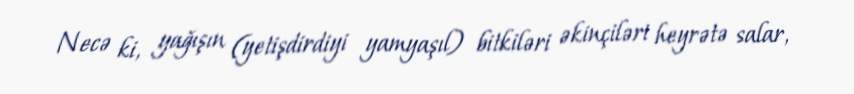
Necə ki, yağışın (yetişdirdiyi yamyaşıl) bitkiləri əkinçiləri heyrətə salar,